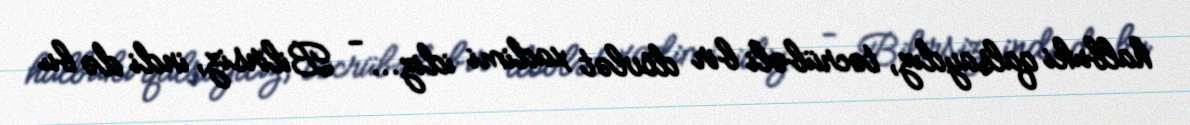
halbuki qalsaydız, təcrübəli bir dövlət xadimi idiz... - Bilirsiz, indi də bu